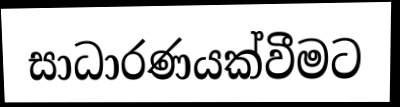
සාධාරණයක්වීමට